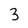
Character: 3